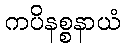
ကပိနစ္စနာယံ